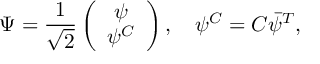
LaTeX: \Psi = \frac { 1 } { \sqrt { 2 } } \left( \begin{array} { c } { { \psi } } \\ { { \psi ^ { C } } } \end{array} \right) , \quad \psi ^ { C } = C \bar { \psi } ^ { T } ,